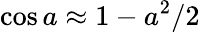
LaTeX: \cos a\approx 1-a^{2}/2